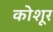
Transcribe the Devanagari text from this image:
कोशूर